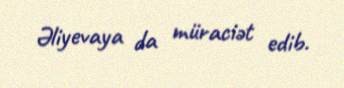
Əliyevaya da müraciət edib.